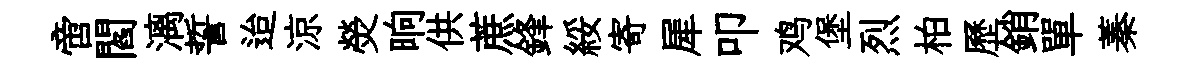
啻閻漓誓迨涼熒晌供蔗鋒綏寄犀叩鸡堡烈柏歷銷單蓁